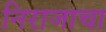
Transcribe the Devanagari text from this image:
निराजाचा